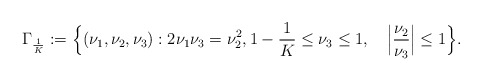
\begin{align*} \Gamma_{\frac{1}{K}}&:= \Big\{(\nu_1,\nu_2,\nu_3):2\nu_1\nu_3=\nu_2^2,1-\frac{1}{K}\le \nu_3\le 1,\quad\Big|\frac{\nu_2}{\nu_3}\Big|\le 1 \Big\}. \end{align*}